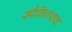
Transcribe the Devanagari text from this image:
स्पैनिशशब्द